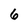
Character: 6